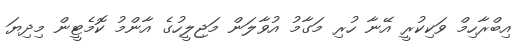
އިބްރާހިމް ވަކިކުރީ އޭނާ ހުރި މަގާމު އުވާލަން މަޖިލީހުގެ އާންމު ކޮމެޓީން މިދިޔަ